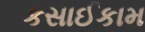
કસાઈકામ